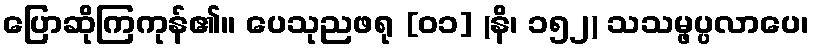
ပြောဆိုကြကုန်၏။ ပေသုညဖရု [၀၁] (နိ၊ ၁၅၂) သသမ္ဖပ္ပလာပေ၊